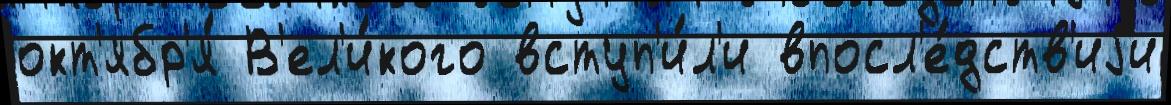
окт'ябр'я́ В'ел'и́кого вступ'и́л'и впосл'е́дств'иjи